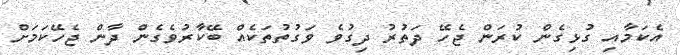
އެކަމާއި ގުޅިގެން ކުރަން ޖެހޭ ދަތުރު ދިގުވެ ވަގުތުތަކެއް ބޭކާރުވެގެން ދާން ޖެހޭކަމަށް